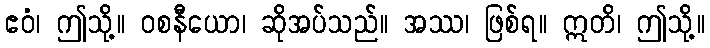
ဧဝံ၊ ဤသို့။ ဝစနီယော၊ ဆိုအပ်သည်။ အဿ၊ ဖြစ်ရ။ ဣတိ၊ ဤသို့။